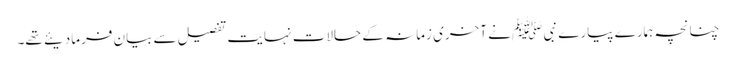
چنانچہ ہمارے پیارے نبی ﷺ نے آخری زمانہ کے حالات نہایت تفصیل سے بیان فرمادیئے تھے۔